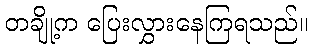
တချို့က ပြေးလွှားနေကြရသည်။